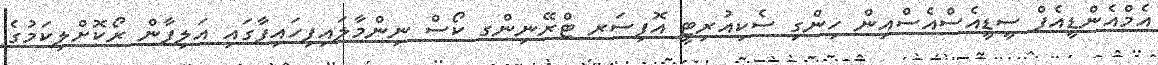
އެމްއެންޑީއެފް ސީޑީއެސްއެސްއިން ހިންގި ސެކިއުރިޓީ އޮފިސަރ ޓްރޭނިންގ ކޯސް ނިންމާލައިފިހައިފާގައި އަލިފާން ރޯކޮށްލިކަމުގެ